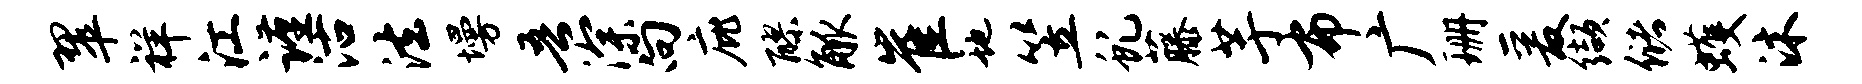
翠祥江谨沽法墁吾深向庇醪觚崔地笠虬藤芋布广珊爰缬储蠖沐